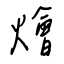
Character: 燴